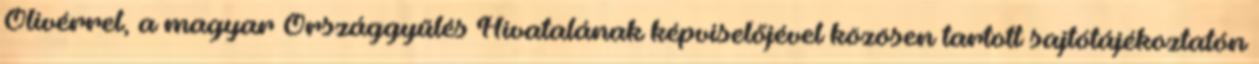
Olivérrel, a magyar Országgyűlés Hivatalának képviselőjével közösen tartott sajtótájékoztatón